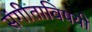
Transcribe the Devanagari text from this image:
संगीताविषयी